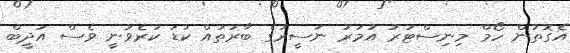
އެގޮތުން ހޯމް މިނިސްޓަރު އުމަރު ނަސީރުގެ ބާރުތައް ކުޑަ ކުރެވުނީ ވެސް އަދީބް